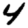
Digit: 4